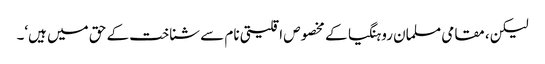
لیکن، مقامی مسلمان روہنگیا کے مخصوص اقلیتی نام سے شناخت کے حق میں ہیں‘۔